Annual administration report of the Civil Veterinary Department of India - 1909-1910
Year: 1909
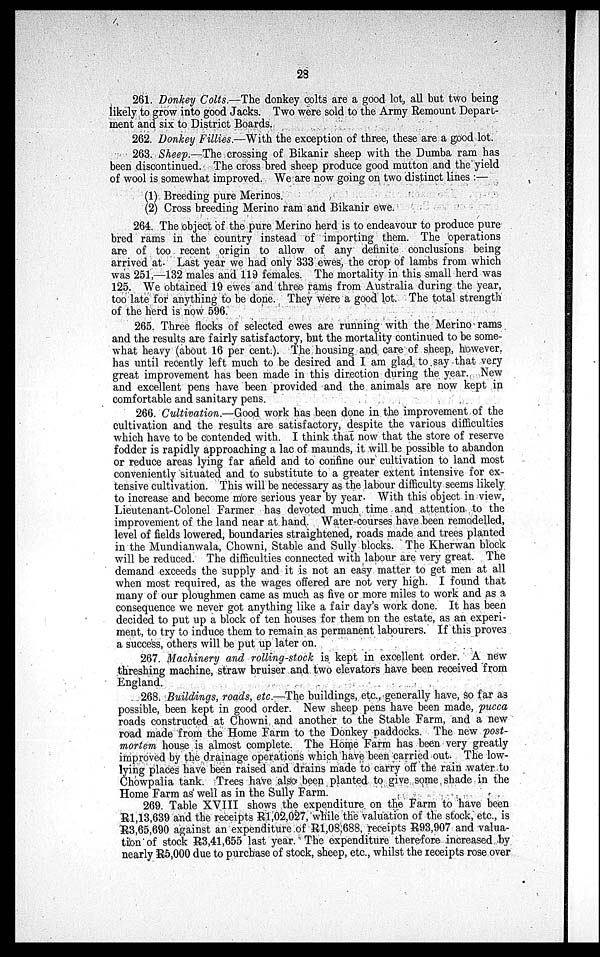
28
261. Donkey Colts.—The donkey colts are a good lot, all but two being
likely to grow into good Jacks. Two were sold to the Army Remount Depart-
ment and six to District Boards.
262. Donkey Fillies.—With the exception of three, these are a good lot.
263. Sheep.—The crossing of Bikanir sheep with the Dumba ram has
been discontinued. The cross bred sheep produce good mutton and the yield
of wool is somewhat improved. We are now going on two distinct lines:—
(1) Breeding pure Merinos.
(2) Cross breeding Merino ram and Bikanir ewe.
264. The object of the pure Merino herd is to endeavour to produce pure
bred rams in the country instead of importing them. The operations
are of too recent origin to allow of any definite conclusions being
arrived at. Last year we had only 333 ewes, the crop of lambs from which
was 251,—132 males and 119 females. The mortality in this small herd was
125. We obtained 19 ewes and three rams from Australia during the year,
too late for anything to be done. They were a good lot. The total strength
of the herd is now 596.
265. Three flocks of selected ewes are running with the Merino rams
and the results are fairly satisfactory, but the mortality continued to be some-
what heavy (about 16 per cent.). The housing and care of sheep, however.
has until recently left much to be desired and I am glad to say that very
great improvement has been made in this direction during the year. New
and excellent pens have been provided and the animals are now kept in
comfortable and sanitary pens.
266. Cultivation.—Good work has been done in the improvement of the
cultivation and the results are satisfactory, despite the various difficulties
which have to be contended with. I think that now that the store of reserve
fodder is rapidly approaching a lac of maunds, it will be possible to abandon
or reduce areas lying far afield and to confine our cultivation to land most
conveniently situated and to substitute to a greater extent intensive for ex-
tensive cultivation. This will be necessary as the labour difficulty seems likely
to increase and become more serious year by year. With this object in view,
Lieutenant-Colonel Farmer has devoted much time and attention to the
improvement of the land near at hand. Water-courses have been remodelled,
level of fields lowered, boundaries straightened, roads made and trees planted
in the Mundianwala, Chowni, Stable and Sully blocks. The Kherwan block
will be reduced. The difficulties connected with labour are very great. The
demand exceeds the supply and it is not an easy matter to get men at all
when most required, as the wages offered are not very high. I found that
many of our ploughmen came as much as five or more miles to work and as a
consequence we never got anything like a fair day's work done. It has been
decided to put up a block of ten houses for them on the estate, as an experi-
ment, to try to induce them to remain as permanent labourers. If this proves
a success, others will be put up later on.
267. Machinery and rolling-stock is kept in excellent order. A new
threshing machine, straw bruiser and two elevators have been received from
England.
268. Buildings, roads, etc.—The buildings, etc., generally have, so far as
possible, been kept in good order. New sheep pens have been made, pucca
roads constructed at Chowni and another to the Stable Farm, and a new
road made from the Home Farm to the Donkey paddocks. The new post-
mortem house is almost complete. The Home Farm has been very greatly
improved by the drainage operations which have been carried out. The low-
lying places have been raised and drains made to carry off the rain water to
Chowpalia tank. Trees have also been planted to give some shade in the
Home Farm as well as in the Sully Farm.
269. Table XVIII shows the expenditure on the Farm to have been
R1,13,639 and the receipts R1,02,027, while the valuation of the stock, etc., is
R3,65,690 against an expenditure of R1,08,688, receipts R93,907 and valua-
tion of stock R3,41,655 last year. The expenditure therefore increased by
nearly R5,000 due to purchase of stock, sheep, etc., whilst the receipts rose over